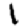
Digit: 1